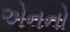
એનનો